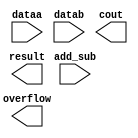
// megafunction wizard: %LPM_ADD_SUB%VBB%
// GENERATION: STANDARD
// VERSION: WM1.0
// MODULE: LPM_ADD_SUB 

// ============================================================
// Megafunction Name(s):
// 			LPM_ADD_SUB
//
// Simulation Library Files(s):
// 			lpm
// ============================================================
// ************************************************************
// THIS IS A WIZARD-GENERATED FILE. DO NOT EDIT THIS FILE!
//
// 15.1.0 Build 185 10/21/2015 SJ Lite Edition
// ************************************************************

//Copyright (C) 1991-2015 Altera Corporation. All rights reserved.
//Your use of Altera Corporation's design tools, logic functions 
//and other software and tools, and its AMPP partner logic 
//functions, and any output files from any of the foregoing 
//(including device programming or simulation files), and any 
//associated documentation or information are expressly subject 
//to the terms and conditions of the Altera Program License 
//Subscription Agreement, the Altera Quartus Prime License Agreement,
//the Altera MegaCore Function License Agreement, or other 
//applicable license agreement, including, without limitation, 
//that your use is for the sole purpose of programming logic 
//devices manufactured by Altera and sold by Altera or its 
//authorized distributors.  Please refer to the applicable 
//agreement for further details.

module zxw_addsub (
	add_sub,
	dataa,
	datab,
	cout,
	overflow,
	result);

	input	  add_sub;
	input	[13:0]  dataa;
	input	[13:0]  datab;
	output	  cout;
	output	  overflow;
	output	[13:0]  result;

endmodule

// ============================================================
// CNX file retrieval info
// ============================================================
// Retrieval info: PRIVATE: CarryIn NUMERIC "0"
// Retrieval info: PRIVATE: CarryOut NUMERIC "1"
// Retrieval info: PRIVATE: ConstantA NUMERIC "0"
// Retrieval info: PRIVATE: ConstantB NUMERIC "0"
// Retrieval info: PRIVATE: Function NUMERIC "2"
// Retrieval info: PRIVATE: INTENDED_DEVICE_FAMILY STRING "Cyclone V"
// Retrieval info: PRIVATE: LPM_PIPELINE NUMERIC "0"
// Retrieval info: PRIVATE: Latency NUMERIC "0"
// Retrieval info: PRIVATE: Overflow NUMERIC "1"
// Retrieval info: PRIVATE: RadixA NUMERIC "10"
// Retrieval info: PRIVATE: RadixB NUMERIC "10"
// Retrieval info: PRIVATE: Representation NUMERIC "0"
// Retrieval info: PRIVATE: SYNTH_WRAPPER_GEN_POSTFIX STRING "0"
// Retrieval info: PRIVATE: ValidCtA NUMERIC "0"
// Retrieval info: PRIVATE: ValidCtB NUMERIC "0"
// Retrieval info: PRIVATE: WhichConstant NUMERIC "0"
// Retrieval info: PRIVATE: aclr NUMERIC "0"
// Retrieval info: PRIVATE: clken NUMERIC "0"
// Retrieval info: PRIVATE: nBit NUMERIC "14"
// Retrieval info: PRIVATE: new_diagram STRING "1"
// Retrieval info: LIBRARY: lpm lpm.lpm_components.all
// Retrieval info: CONSTANT: LPM_DIRECTION STRING "UNUSED"
// Retrieval info: CONSTANT: LPM_HINT STRING "ONE_INPUT_IS_CONSTANT=NO,CIN_USED=NO"
// Retrieval info: CONSTANT: LPM_REPRESENTATION STRING "SIGNED"
// Retrieval info: CONSTANT: LPM_TYPE STRING "LPM_ADD_SUB"
// Retrieval info: CONSTANT: LPM_WIDTH NUMERIC "14"
// Retrieval info: USED_PORT: add_sub 0 0 0 0 INPUT NODEFVAL "add_sub"
// Retrieval info: USED_PORT: cout 0 0 0 0 OUTPUT NODEFVAL "cout"
// Retrieval info: USED_PORT: dataa 0 0 14 0 INPUT NODEFVAL "dataa[13..0]"
// Retrieval info: USED_PORT: datab 0 0 14 0 INPUT NODEFVAL "datab[13..0]"
// Retrieval info: USED_PORT: overflow 0 0 0 0 OUTPUT NODEFVAL "overflow"
// Retrieval info: USED_PORT: result 0 0 14 0 OUTPUT NODEFVAL "result[13..0]"
// Retrieval info: CONNECT: @add_sub 0 0 0 0 add_sub 0 0 0 0
// Retrieval info: CONNECT: @dataa 0 0 14 0 dataa 0 0 14 0
// Retrieval info: CONNECT: @datab 0 0 14 0 datab 0 0 14 0
// Retrieval info: CONNECT: cout 0 0 0 0 @cout 0 0 0 0
// Retrieval info: CONNECT: overflow 0 0 0 0 @overflow 0 0 0 0
// Retrieval info: CONNECT: result 0 0 14 0 @result 0 0 14 0
// Retrieval info: GEN_FILE: TYPE_NORMAL zxw_addsub.v TRUE
// Retrieval info: GEN_FILE: TYPE_NORMAL zxw_addsub.inc FALSE
// Retrieval info: GEN_FILE: TYPE_NORMAL zxw_addsub.cmp FALSE
// Retrieval info: GEN_FILE: TYPE_NORMAL zxw_addsub.bsf TRUE
// Retrieval info: GEN_FILE: TYPE_NORMAL zxw_addsub_inst.v FALSE
// Retrieval info: GEN_FILE: TYPE_NORMAL zxw_addsub_bb.v TRUE
// Retrieval info: LIB_FILE: lpm